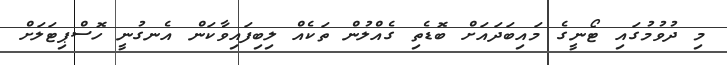
މި ދުވުމުގައި ޓޯނީގެ މައިބަދައަށް ބޮޑެތި ގެއްލުން ތަކެއް ލިބިފައިވާކަން އެނގުނީ ހޮސްޕިޓަލަށް